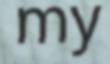
my